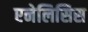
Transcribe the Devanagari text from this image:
एनेलिसिस